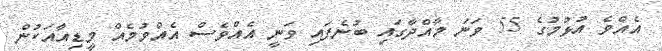
އެއްވެ އުޅުމުގެ 55 ވަނަ މާއްދާގައި ބުނެފައި ވަނީ އެއްވެސް އެއްވުމެއް މީޑިއާއަކުން